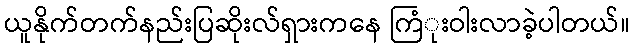
ယူနိုက်တက်နည်းပြဆိုးလ်ရှားကနေ ကြံုးဝါးလာခဲ့ပါတယ်။